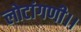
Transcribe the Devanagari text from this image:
लोटांगणी।।